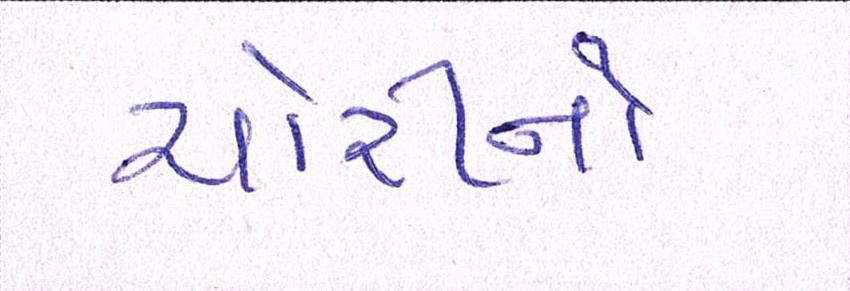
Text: ચોરીનો